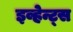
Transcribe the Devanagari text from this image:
इव्हेन्ट्‌स